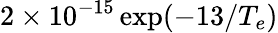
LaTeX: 2\times 10^{-15}\exp({-13/T_{e}})